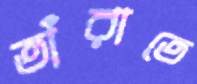
তাঁরাতে